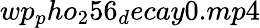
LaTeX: wp_{p}ho_{2}56_{d}ecay0.mp4